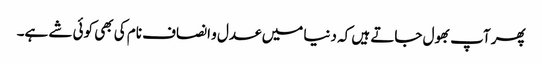
پھر آپ بھول جاتے ہیں کہ دنیا میں عدل و انصاف نام کی بھی کوئی شے ہے۔